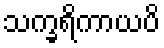
သက္ခရိကာယပိ